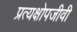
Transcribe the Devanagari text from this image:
प्रत्यक्षोपजीवी